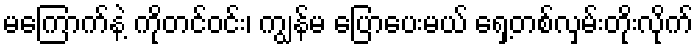
မကြောက်နဲ့ ကိုတင်ဝင်း၊ ကျွန်မ ပြောပေးမယ် ရှေ့တစ်လှမ်းတိုးလိုက်